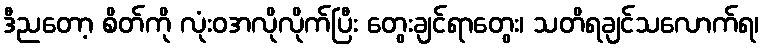
ဒီညတော့ စိတ်ကို လုံးဝအလိုလိုက်ပြီး တွေးချင်ရာတွေး၊ သတိရချင်သလောက်ရ၊